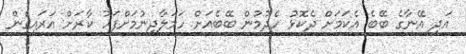
އަދި އޭނާގެ ބޭބެ އެކަމަށް ދެކޮޅު ހެދުމުން ބޭބެއަށް ހަމަލާދިނުމަށްފަހު ކާރަށް އަރައިގެން